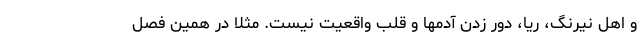
و اهل نيرنگ، ريا، دور زدن آدمها و قلب واقعيت نيست. مثلا در همین فصل